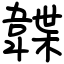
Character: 韘